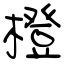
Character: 橙